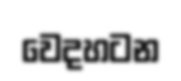
වෙදහටන